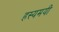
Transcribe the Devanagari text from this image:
हस्यमयी